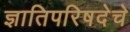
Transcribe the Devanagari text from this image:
ज्ञातिपरिषदेचे